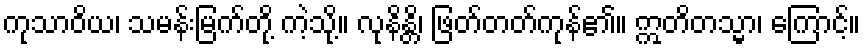
ကုသာဝိယ၊ သမန်းမြက်တို့ ကဲ့သို့။ လုနိန္တိ၊ ဖြတ်တတ်ကုန်၏။ ဣတိတသ္မာ၊ ကြောင့်။